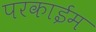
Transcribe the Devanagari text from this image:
परकाईम